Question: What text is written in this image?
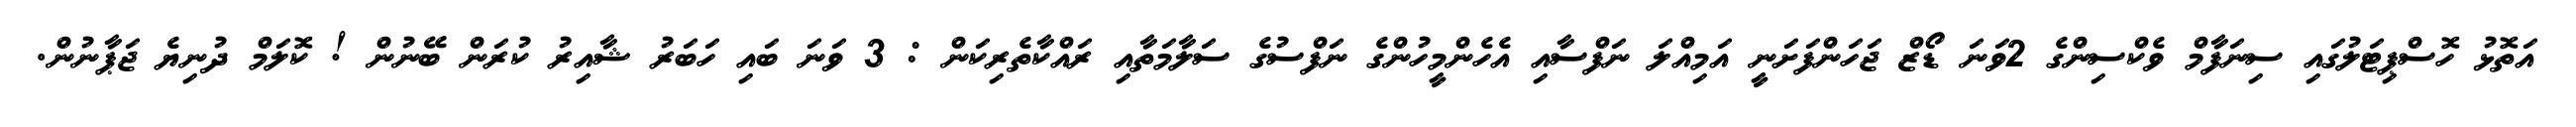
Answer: އަތޮޅު ހޮސްޕިޓަލުގައި ސިނަފާމް ވެކްސިންގެ 2ވަނަ ޑޯޒް ޖަހަންފަށަނީ އަމިއްލަ ނަފްސާއި އެހެންމީހުންގެ ނަފްސުގެ ސަލާމަތާއި ރައްކާތެރިކަން : 3 ވަނަ ބައި ހަބަރު ޝާއިރު ކުރަން ބޭނުން ! ކޮލަމް ދުނިޔެ ޖަޕާނުން.